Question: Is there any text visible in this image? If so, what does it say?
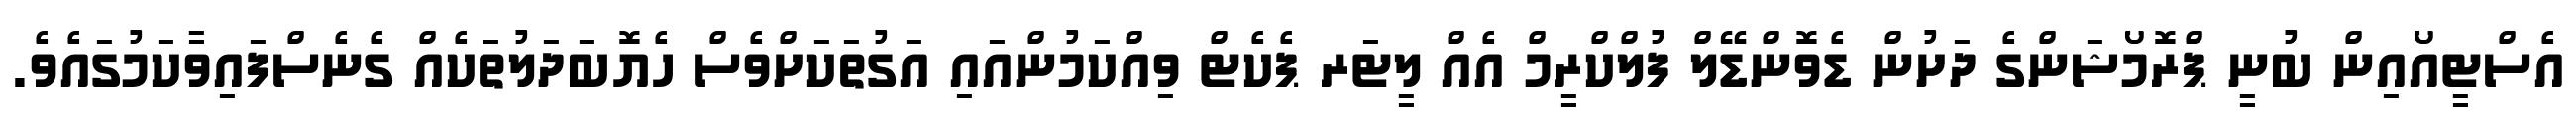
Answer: އެސްޓީއޯއިން ބުނީ ޕްރޮމޯޝަންގެ ދަށުން ޑެވޮންޑޭލް ފުލްކްރީމް އެއް ލީޓަރ ޕެކެޓް ވިއްކަމުންއައި އަގުތަކަށްވެސް ހެޔޮބަދަލުތަކެއް ގެނެސްފައިވާކަމުގައެވެ.